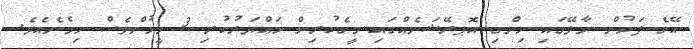
އޭގެ ފަހުން މާލޭގައި ހިންގި އޮޕރޭޝަނެއްގައި މީގެކުރިން ހައްޔަރުކުރި 3 މީހުންވެސް ހިމެނެއެވެ.